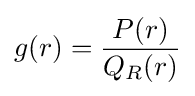
g(r)={\frac {P(r)}{Q_{R}(r)}}